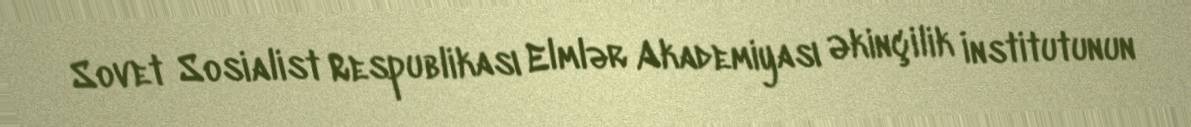
Sovet Sosialist Respublikası Elmlər Akademiyası Əkinçilik İnstitutunun